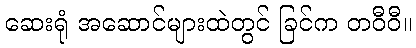
ဆေးရုံ အဆောင်များထဲတွင် ခြင်က တဝီဝီ။